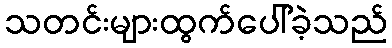
သတင်းများထွက်ပေါ်ခဲ့သည်